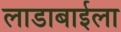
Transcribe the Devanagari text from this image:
लाडाबाईला